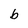
Character: b